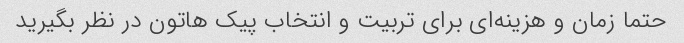
حتما زمان و هزینه‌ای برای تربیت و انتخاب پیک هاتون در نظر بگیرید